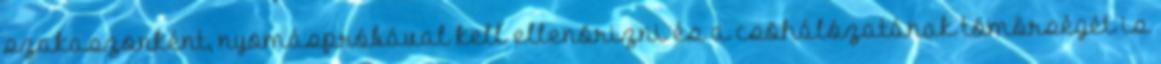
szakaszonként, nyomáspróbával kell ellenõrizni és a csõhálózatának tömörségét is